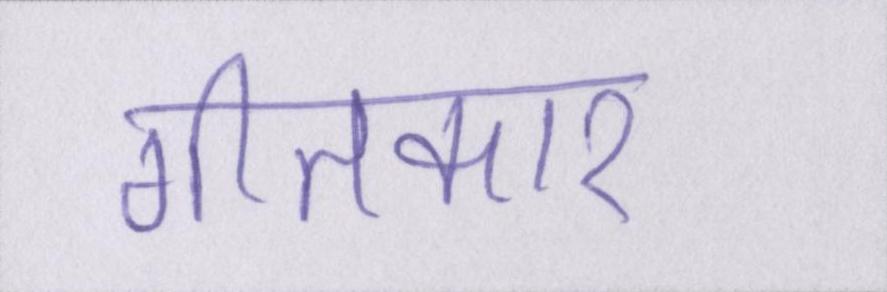
गीतकार